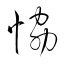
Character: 恊